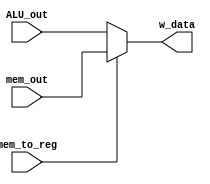
module write_back(ALU_out, mem_out, mem_to_reg, w_data);

    input     [15:0] ALU_out;
    input     [15:0] mem_out;
    input            mem_to_reg;

    output    [15:0] w_data;

    assign w_data = mem_to_reg ? mem_out : ALU_out;

endmodule